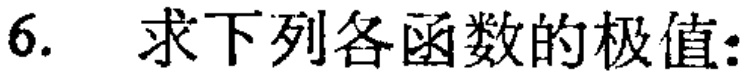
6. 求下列各函数的极值: